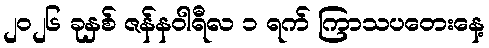
၂၀၂၆ ခုနှစ် ဇန်နဝါရီလ ၁ ရက် ကြာသပတေးနေ့